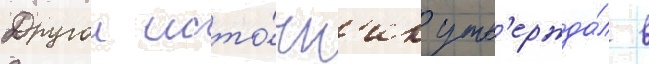
Другои исто́чн'ик утв'ержда́л в